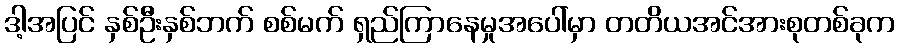
ဒါ့အပြင် နှစ်ဦးနှစ်ဘက် စစ်မက် ရှည်ကြာနေမှုအပေါ်မှာ တတိယအင်အားစုတစ်ခုက